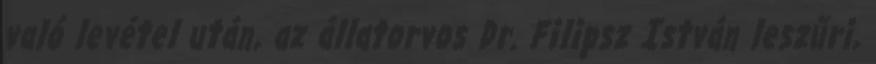
való levétel után, az állatorvos Dr. Filipsz István leszűri,